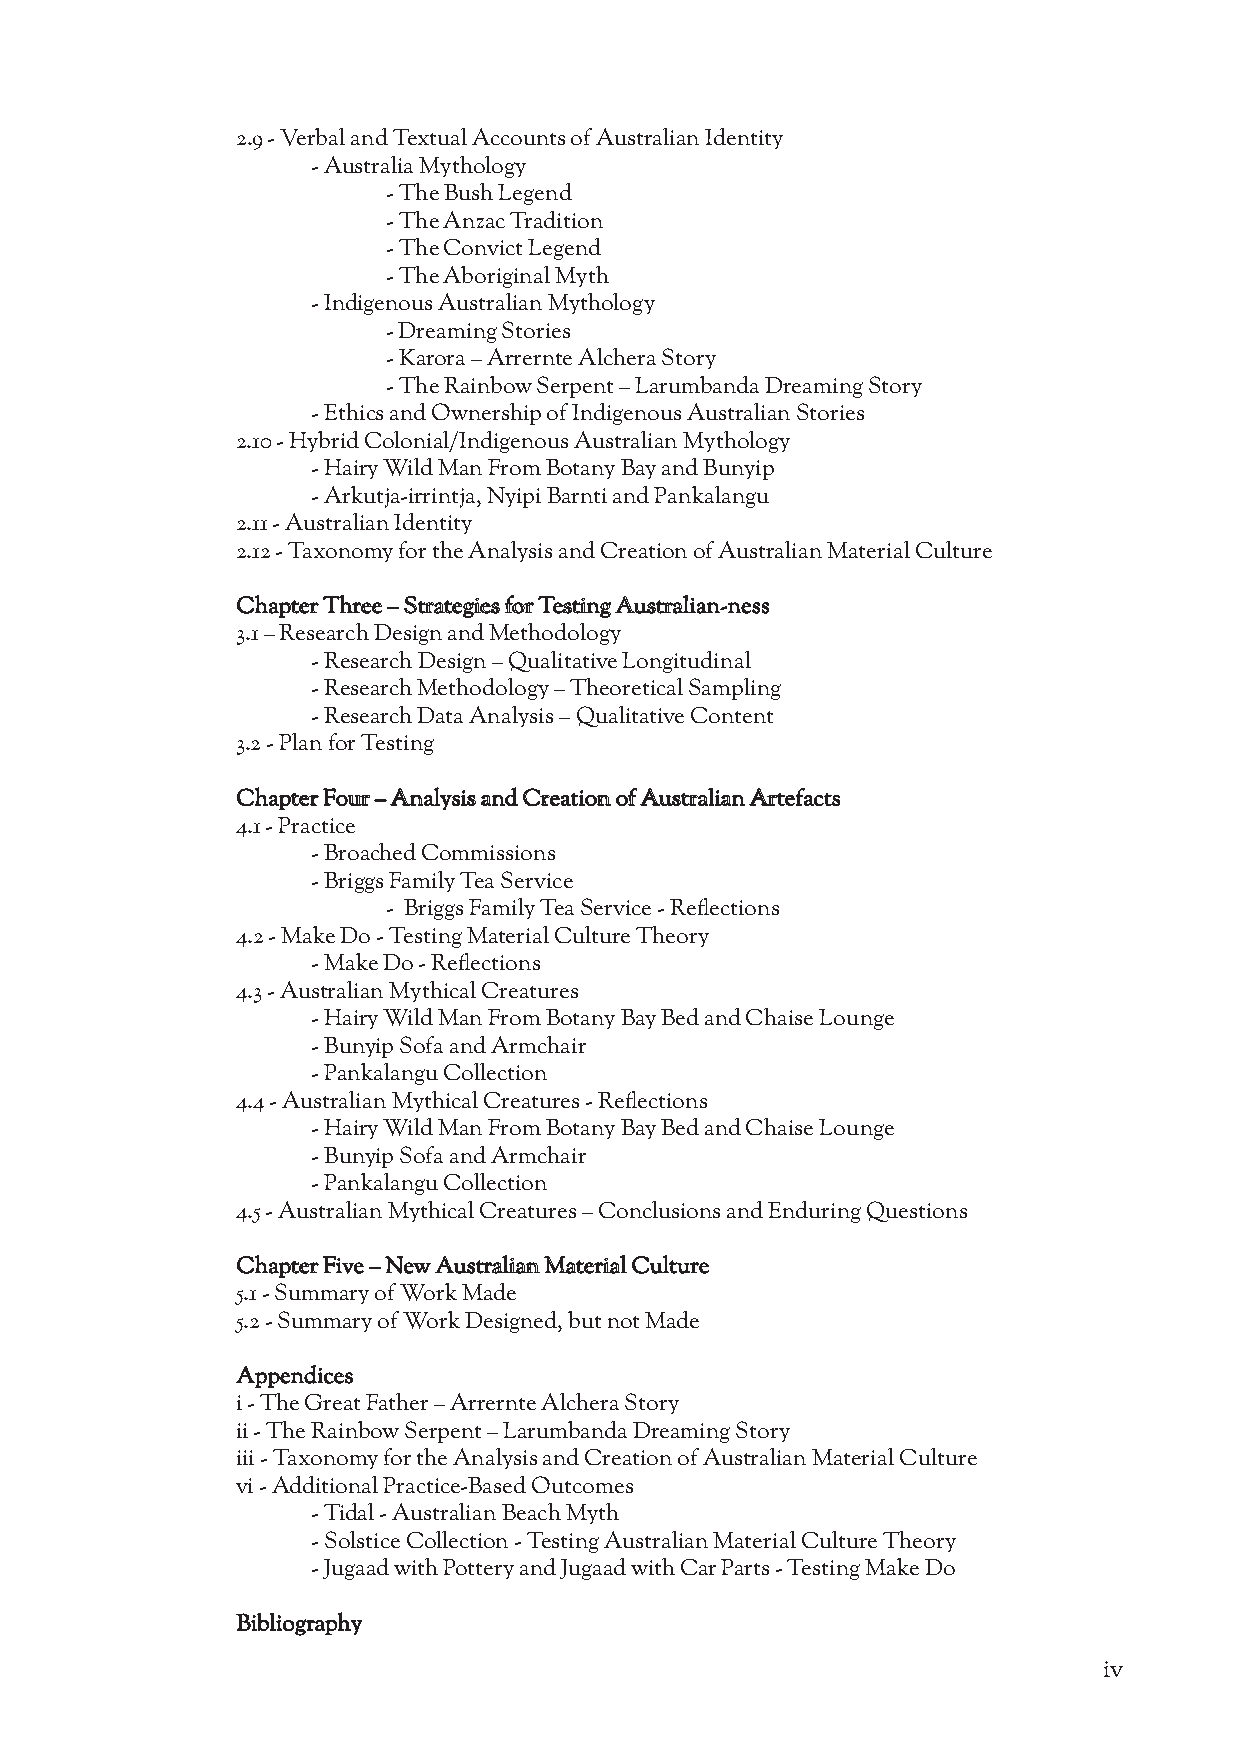
2.9 - Verbal and Textual Accounts of Australian Identity
 - Australia Mythology
 - The Bush Legend
 - The Anzac Tradition
 - The Convict Legend
 - The Aboriginal Myth
 - Indigenous Australian Mythology
 - Dreaming Stories
 - Karora – Arrernte Alchera Story
 - The Rainbow Serpent – Larumbanda Dreaming Story
 - Ethics and Ownership of Indigenous Australian Stories
 2.10 - Hybrid Colonial/Indigenous Australian Mythology
 - Hairy Wild Man From Botany Bay and Bunyip
 - Arkutja-irrintja, Nyipi Barnti and Pankalangu
 2.11 - Australian Identity
 2.12 - Taxonomy for the Analysis and Creation of Australian Material Culture
 Chapter Three – Strategies for Testing Australian-ness
 3.1 – Research Design and Methodology
 - Research Design – Qualitative Longitudinal
 - Research Methodology – Theoretical Sampling
 - Research Data Analysis – Qualitative Content
 3.2 - Plan for Testing
 Chapter Four – Analysis and Creation of Australian Artefacts
 4.1 - Practice
 - Broached Commissions
 - Briggs Family Tea Service
 - Briggs Family Tea Service - Reflections
 4.2 - Make Do - Testing Material Culture Theory
 - Make Do - Reflections
 4.3 - Australian Mythical Creatures
 - Hairy Wild Man From Botany Bay Bed and Chaise Lounge
 - Bunyip Sofa and Armchair
 - Pankalangu Collection
 4.4 - Australian Mythical Creatures - Reflections
 - Hairy Wild Man From Botany Bay Bed and Chaise Lounge
 - Bunyip Sofa and Armchair
 - Pankalangu Collection
 4.5 - Australian Mythical Creatures – Conclusions and Enduring Questions
 Chapter Five – New Australian Material Culture
 5.1 - Summary of Work Made
 5.2 - Summary of Work Designed, but not Made
 Appendices
 i - The Great Father – Arrernte Alchera Story
 ii - The Rainbow Serpent – Larumbanda Dreaming Story
 iii - Taxonomy for the Analysis and Creation of Australian Material Culture
 vi - Additional Practice-Based Outcomes
 - Tidal - Australian Beach Myth
 - Solstice Collection - Testing Australian Material Culture Theory
 - Jugaad with Pottery and Jugaad with Car Parts - Testing Make Do
 Bibliography
 iv